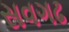
સવગઢ